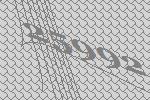
25992